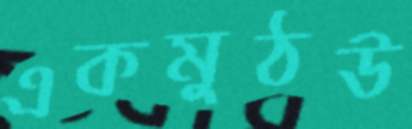
একমুঠউ